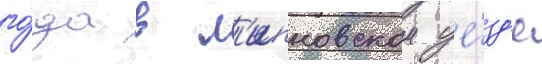
го́да в л'ипновском уе́зд'е